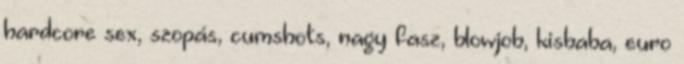
hardcore sex, szopás, cumshots, nagy fasz, blowjob, kisbaba, euro